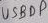
Text: USBDP